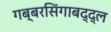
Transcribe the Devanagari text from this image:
गब्बरसिंगाबद्द्ल